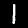
Digit: 1